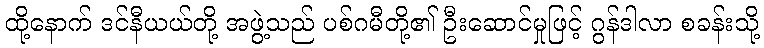
ထို့နောက် ဒင်နီယယ်တို့ အဖွဲ့သည် ပစ်ဂမီတို့၏ ဦးဆောင်မှုဖြင့် ဂွန်ဒါလာ စခန်းသို့